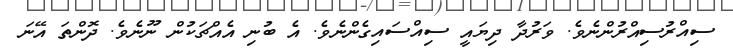
ސިއްރުސިއްރުންނެވެ. ވަރުދާ ދިޔައީ ސިއްސައިގެންނެވެ. އެ ބުނި އެއްޗަކުން ނޫނެވެ. ދޮންތަ އޭނަ